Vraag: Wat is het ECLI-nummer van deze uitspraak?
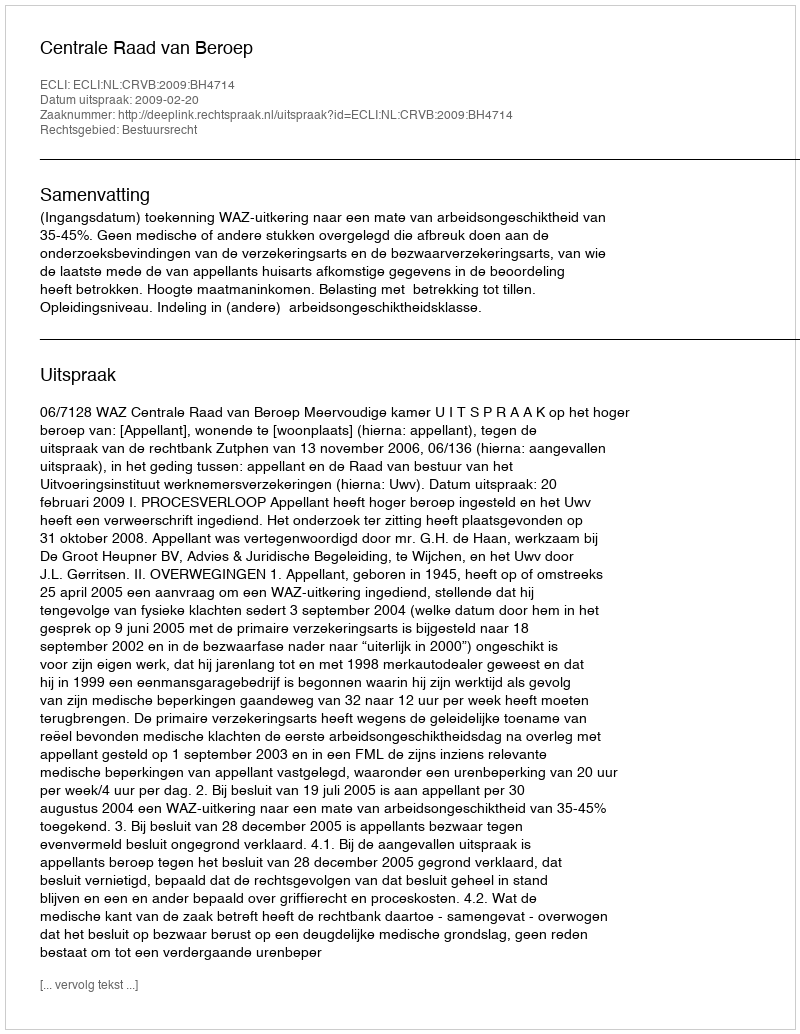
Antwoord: ECLI:NL:CRVB:2009:BH4714